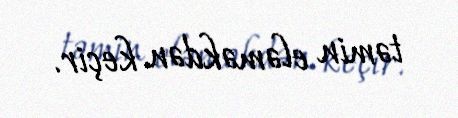
təmin eləməkdən keçir.